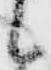
候